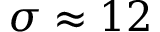
\sigma \approx 1 2